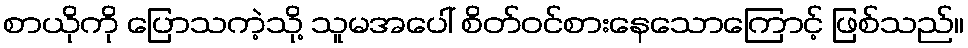
စာယိုကို ပြောသကဲ့သို့ သူမအပေါ် စိတ်ဝင်စားနေသောကြောင့် ဖြစ်သည်။